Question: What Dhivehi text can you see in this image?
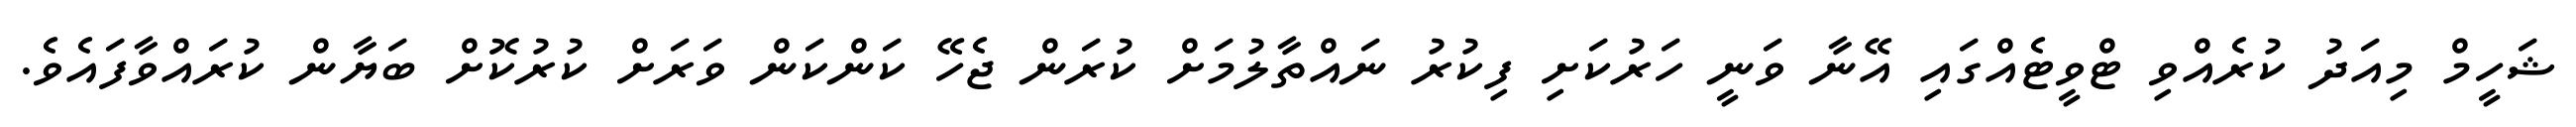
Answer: ޝަހީމް މިއަދު ކުރެއްވި ޓްވީޓެއްގައި އޭނާ ވަނީ ހަރުކަށި ފިކުރު ނައްތާލުމަށް ކުރަން ޖެހޭ ކަންކަން ވަރަށް ކުރުކޮށް ބަޔާން ކުރައްވާފައެވެ.